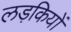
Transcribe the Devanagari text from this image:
लड़कियों